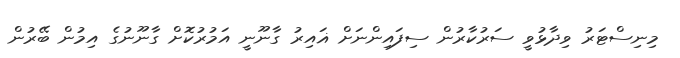
މިނިސްޓަރު ވިދާޅުވީ ސަރުކާރުން ސިފައިންނަށް ޣައިރު ގާނޫނީ އަމުރުކޮށް ގާނޫނުގެ އިމުން ބޭރުން